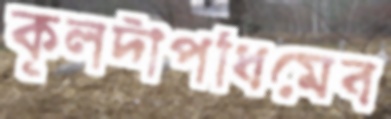
কূলদীপধিমেব